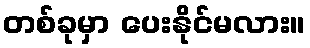
တစ်ခုမှာ ပေးနိုင်မလား။